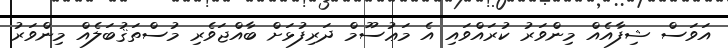
އަވަސް ޝިފާއެއް މިންވަރު ކުރައްވައި އެ މަޢުސޫމް ދަރިފުޅަށް ބާއްޖަވެރި މުސްތަޤުބަލެއް މިންވަރު